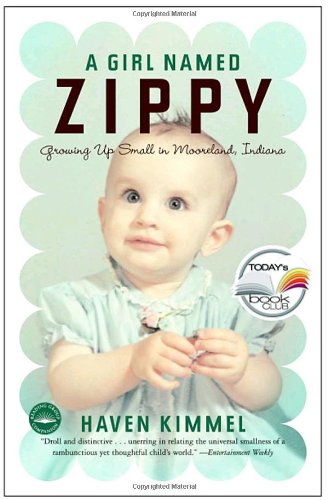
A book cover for A Girl Named Zippy; Haven Kimmel; Parenting & Relationships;